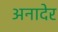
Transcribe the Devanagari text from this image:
अनादेर